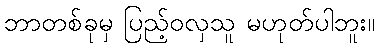
ဘာတစ်ခုမှ ပြည့်ဝလှသူ မဟုတ်ပါဘူး။